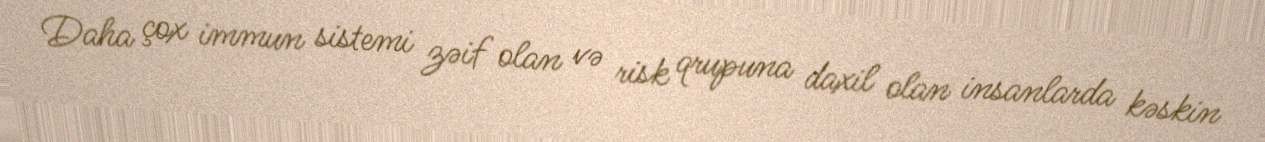
Daha çox immun sistemi zəif olan və risk qrupuna daxil olan insanlarda kəskin